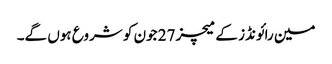
مین رائونڈز کے میچز 27 جون کو شروع ہوں گے۔